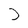
Character: J